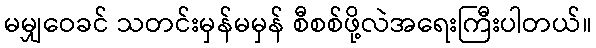
မမျှဝေခင် သတင်းမှန်မမှန် စီစစ်ဖို့လဲအရေးကြီးပါတယ်။